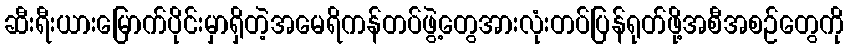
ဆီးရီးယားမြောက်ပိုင်းမှာရှိတဲ့အမေရိကန်တပ်ဖွဲ့တွေအားလုံးတပ်ပြန်ရုတ်ဖို့အစီအစဉ်တွေကို